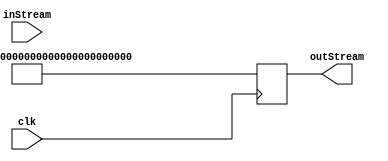
module test_enc(
    input clk,
    input [127:0] inStream,
    output reg [127:0] outStream
);

    // Dummy encryptor - replace input with all 1s
    always @(posedge clk) begin
        outStream <= '1; // std verilog: {128{1'b1}}
    end

endmodule